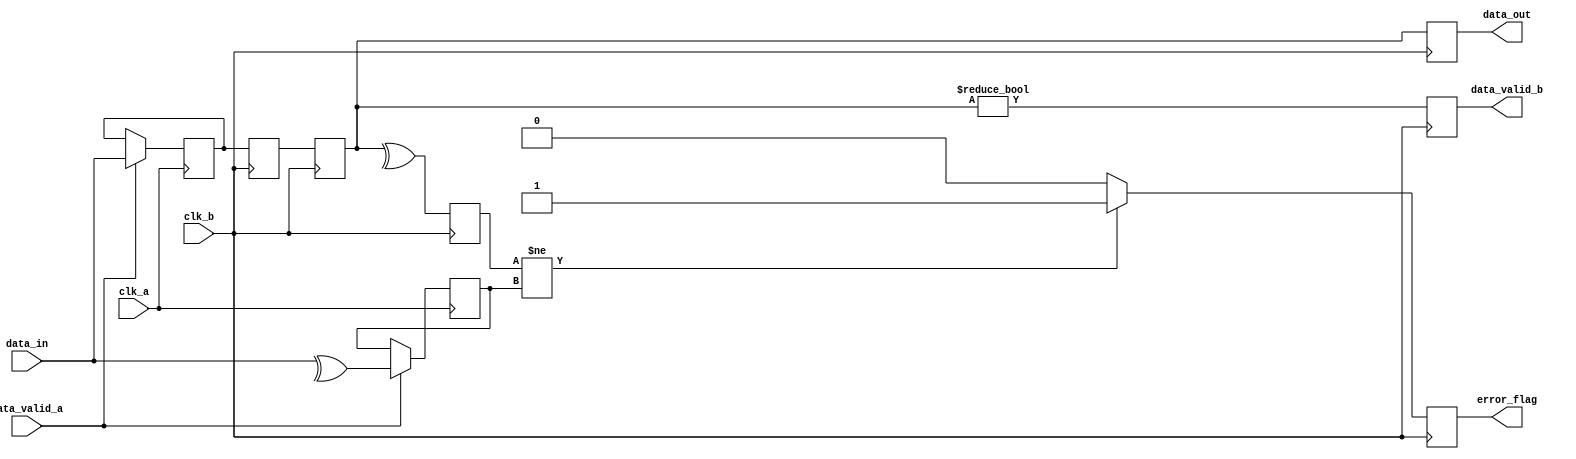
module cdc_with_error_detection (
    input wire clk_a,             // Clock for Domain A
    input wire clk_b,             // Clock for Domain B
    input wire [7:0] data_in,     // Data input from Domain A
    input wire data_valid_a,       // Data valid signal from Domain A
    output reg [7:0] data_out,     // Data output to Domain B
    output reg error_flag,         // Error flag signal
    output reg data_valid_b        // Data valid signal for Domain B
);

    // Internal signals
    reg [7:0] data_buffer;         // Data buffer in Domain A
    reg [7:0] sync_data_1;         // First stage of synchronized data
    reg [7:0] sync_data_2;         // Second stage of synchronized data
    reg parity_bit;                // Parity bit for error detection
    reg computed_parity;           // Computed parity in Domain B

    // Data Input Buffer in Domain A
    always @(posedge clk_a) begin
        if (data_valid_a) begin
            data_buffer <= data_in; // Capture incoming data
            parity_bit <= ^data_in;  // Calculate parity bit
        end
    end

    // Synchronization Flip-Flops (2 stages)
    always @(posedge clk_b) begin
        sync_data_1 <= data_buffer; // First stage
        sync_data_2 <= sync_data_1;  // Second stage
    end

    // Data Output Register and Error Detection
    always @(posedge clk_b) begin
        data_out <= sync_data_2; // Output synchronized data
        data_valid_b <= (sync_data_2 != 8'b0); // Indicate data is valid

        // Compute parity for received data
        computed_parity <= ^sync_data_2;

        // Check for error
        if (computed_parity != parity_bit) begin
            error_flag <= 1'b1; // Error detected
        end else begin
            error_flag <= 1'b0; // No error
        end
    end

endmodule